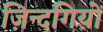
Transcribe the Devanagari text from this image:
ज़िन्दगियों